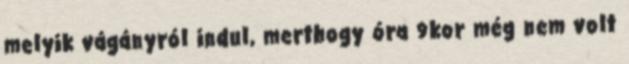
melyik vágányról indul, merthogy óra 9kor még nem volt